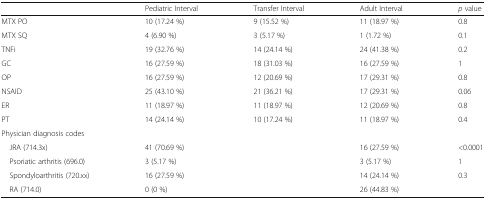
<table><thead><tr><td></td><td><b>Pediatric Interval</b></td><td><b>Transfer Interval</b></td><td><b>Adult Interval</b></td><td><b><i>p</i> value</b></td></tr></thead><tbody><tr><td>MTX PO</td><td>10 (17.24 %)</td><td>9 (15.52 %)</td><td>11 (18.97 %)</td><td>0.8</td></tr><tr><td>MTX SQ</td><td>4 (6.90 %)</td><td>3 (5.17 %)</td><td>1 (1.72 %)</td><td>0.1</td></tr><tr><td>TNFi</td><td>19 (32.76 %)</td><td>14 (24.14 %)</td><td>24 (41.38 %)</td><td>0.2</td></tr><tr><td>GC</td><td>16 (27.59 %)</td><td>18 (31.03 %)</td><td>16 (27.59 %)</td><td>1</td></tr><tr><td>OP</td><td>16 (27.59 %)</td><td>12 (20.69 %)</td><td>17 (29.31 %)</td><td>0.8</td></tr><tr><td>NSAID</td><td>25 (43.10 %)</td><td>21 (36.21 %)</td><td>17 (29.31 %)</td><td>0.06</td></tr><tr><td>ER</td><td>11 (18.97 %)</td><td>11 (18.97 %)</td><td>12 (20.69 %)</td><td>0.8</td></tr><tr><td>PT</td><td>14 (24.14 %)</td><td>10 (17.24 %)</td><td>11 (18.97 %)</td><td>0.4</td></tr><tr><td colspan="5">Physician diagnosis codes</td></tr><tr><td> JRA (714.3x)</td><td>41 (70.69 %)</td><td></td><td>16 (27.59 %)</td><td>&lt;0.0001</td></tr><tr><td> Psoriatic arthritis (696.0)</td><td>3 (5.17 %)</td><td></td><td>3 (5.17 %)</td><td>1</td></tr><tr><td> Spondyloarthritis (720.xx)</td><td>16 (27.59 %)</td><td></td><td>14 (24.14 %)</td><td>0.3</td></tr><tr><td> RA (714.0)</td><td>0 (0 %)</td><td></td><td>26 (44.83 %)</td><td></td></tr></tbody></table>